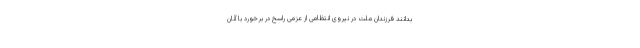
بدانند فرزندان ملت در نیروی انتظامی از عزمی راسخ در برخورد با آنان